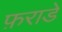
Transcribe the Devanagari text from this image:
फ़राडे